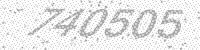
Solution: 740505